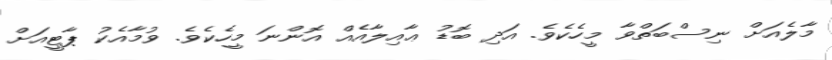
މާލެއަށް ނިސްބަތްވާ މީހެކެވެ. އަދި ބޮޑު ޢާއިލާއެއް އޮންނަ މީހެކެވެ. ވުމާއެކު ޕާޓީއަށް